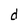
Character: d